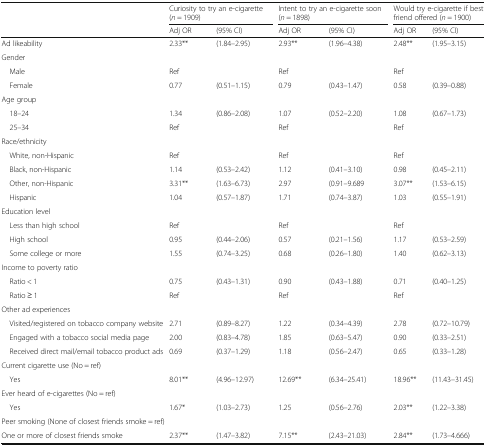
<table><thead><tr><td rowspan="2"></td><td colspan="2"><b>Curiosity to try an e-cigarette (<i>n</i> = 1909)</b></td><td colspan="2"><b>Intent to try an e-cigarette soon (<i>n</i> = 1898)</b></td><td colspan="2"><b>Would try e-cigarette if best friend offered (<i>n</i> = 1900)</b></td></tr><tr><td><b>Adj OR</b></td><td><b>(95% CI)</b></td><td><b>Adj OR</b></td><td><b>(95% CI)</b></td><td><b>Adj OR</b></td><td><b>(95% CI)</b></td></tr></thead><tbody><tr><td>Ad likeability</td><td>2.33**</td><td>(1.84–2.95)</td><td>2.93**</td><td>(1.96–4.38)</td><td>2.48**</td><td>(1.95–3.15)</td></tr><tr><td colspan="7">Gender</td></tr><tr><td> Male</td><td>Ref</td><td></td><td>Ref</td><td></td><td>Ref</td><td></td></tr><tr><td> Female</td><td>0.77</td><td>(0.51–1.15)</td><td>0.79</td><td>(0.43–1.47)</td><td>0.58</td><td>(0.39–0.88)</td></tr><tr><td colspan="7">Age group</td></tr><tr><td> 18–24</td><td>1.34</td><td>(0.86–2.08)</td><td>1.07</td><td>(0.52–2.20)</td><td>1.08</td><td>(0.67–1.73)</td></tr><tr><td> 25–34</td><td>Ref</td><td></td><td>Ref</td><td></td><td>Ref</td><td></td></tr><tr><td colspan="7">Race/ethnicity</td></tr><tr><td> White, non-Hispanic</td><td>Ref</td><td></td><td>Ref</td><td></td><td>Ref</td><td></td></tr><tr><td> Black, non-Hispanic</td><td>1.14</td><td>(0.53–2.42)</td><td>1.12</td><td>(0.41–3.10)</td><td>0.98</td><td>(0.45–2.11)</td></tr><tr><td> Other, non-Hispanic</td><td>3.31**</td><td>(1.63–6.73)</td><td>2.97</td><td>(0.91–9.689</td><td>3.07**</td><td>(1.53–6.15)</td></tr><tr><td> Hispanic</td><td>1.04</td><td>(0.57–1.87)</td><td>1.71</td><td>(0.74–3.87)</td><td>1.03</td><td>(0.55–1.91)</td></tr><tr><td colspan="7">Education level</td></tr><tr><td> Less than high school</td><td>Ref</td><td></td><td>Ref</td><td></td><td>Ref</td><td></td></tr><tr><td> High school</td><td>0.95</td><td>(0.44–2.06)</td><td>0.57</td><td>(0.21–1.56)</td><td>1.17</td><td>(0.53–2.59)</td></tr><tr><td> Some college or more</td><td>1.55</td><td>(0.74–3.25)</td><td>0.68</td><td>(0.26–1.80)</td><td>1.40</td><td>(0.62–3.13)</td></tr><tr><td colspan="7">Income to poverty ratio</td></tr><tr><td> Ratio &lt; 1</td><td>0.75</td><td>(0.43–1.31)</td><td>0.90</td><td>(0.43–1.88)</td><td>0.71</td><td>(0.40–1.25)</td></tr><tr><td> Ratio ≥ 1</td><td>Ref</td><td></td><td>Ref</td><td></td><td>Ref</td><td></td></tr><tr><td colspan="7">Other ad experiences</td></tr><tr><td> Visited/registered on tobacco company website</td><td>2.71</td><td>(0.89–8.27)</td><td>1.22</td><td>(0.34–4.39)</td><td>2.78</td><td>(0.72–10.79)</td></tr><tr><td> Engaged with a tobacco social media page</td><td>2.00</td><td>(0.83–4.78)</td><td>1.85</td><td>(0.63–5.47)</td><td>0.90</td><td>(0.33–2.51)</td></tr><tr><td> Received direct mail/email tobacco product ads</td><td>0.69</td><td>(0.37–1.29)</td><td>1.18</td><td>(0.56–2.47)</td><td>0.65</td><td>(0.33–1.28)</td></tr><tr><td colspan="7">Current cigarette use (No = ref)</td></tr><tr><td> Yes</td><td>8.01**</td><td>(4.96–12.97)</td><td>12.69**</td><td>(6.34–25.41)</td><td>18.96**</td><td>(11.43–31.45)</td></tr><tr><td colspan="7">Ever heard of e-cigarettes (No = ref)</td></tr><tr><td> Yes</td><td>1.67*</td><td>(1.03–2.73)</td><td>1.25</td><td>(0.56–2.76)</td><td>2.03**</td><td>(1.22–3.38)</td></tr><tr><td colspan="7">Peer smoking (None of closest friends smoke = ref)</td></tr><tr><td>One or more of closest friends smoke</td><td>2.37**</td><td>(1.47–3.82)</td><td>7.15**</td><td>(2.43–21.03)</td><td>2.84**</td><td>(1.73–4.666)</td></tr></tbody></table>